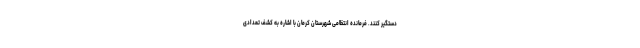
دستگیر کنند. فرمانده انتظامی شهرستان کرمان با اشاره به کشف تعدادی